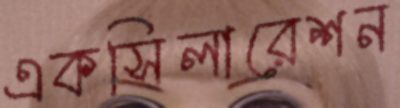
একসিলারেশন